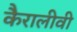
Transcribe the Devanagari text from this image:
कैरालीवी